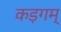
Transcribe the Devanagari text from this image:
कड़गम्‌